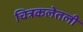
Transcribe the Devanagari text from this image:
चित्रकलेतली